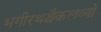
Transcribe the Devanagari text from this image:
भगीरथश्चैकलव्यो